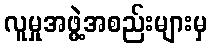
လူမှုအဖွဲ့အစည်းများမှ